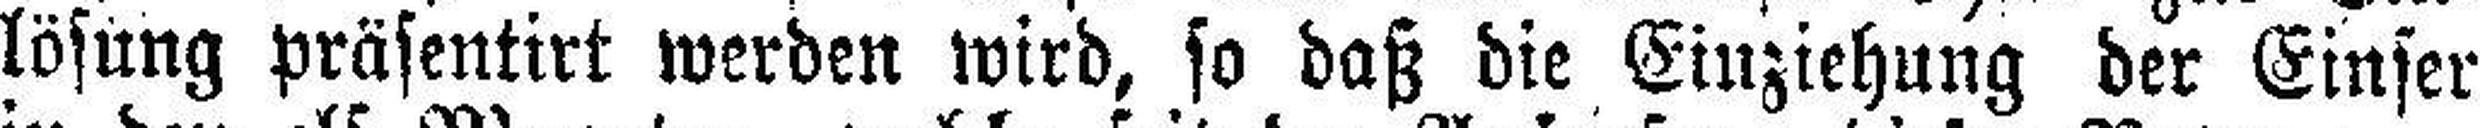
lösung präsentirt werden wird, so daß die Einziehung der Einser